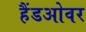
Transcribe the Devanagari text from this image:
हैंडओवर